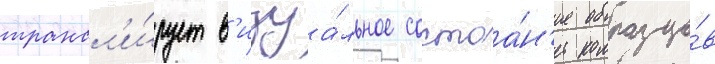
трансл'и́рует в'изуа́льное состоа́н'ие образцо́в